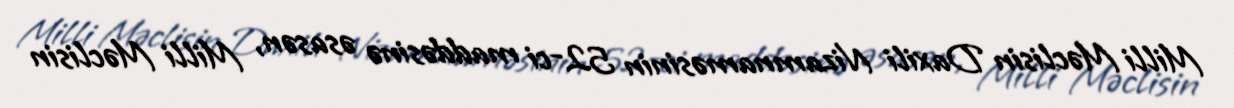
Milli Məclisin Daxili Nizamnaməsinin 52-ci maddəsinə əsasən, Milli Məclisin